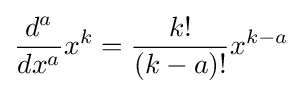
{\frac {d^{a}}{dx^{a}}}x^{k}={\dfrac {k!}{(k-a)!}}x^{k-a}